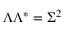
\Lambda \Lambda ^ { * } = \Sigma ^ { 2 }